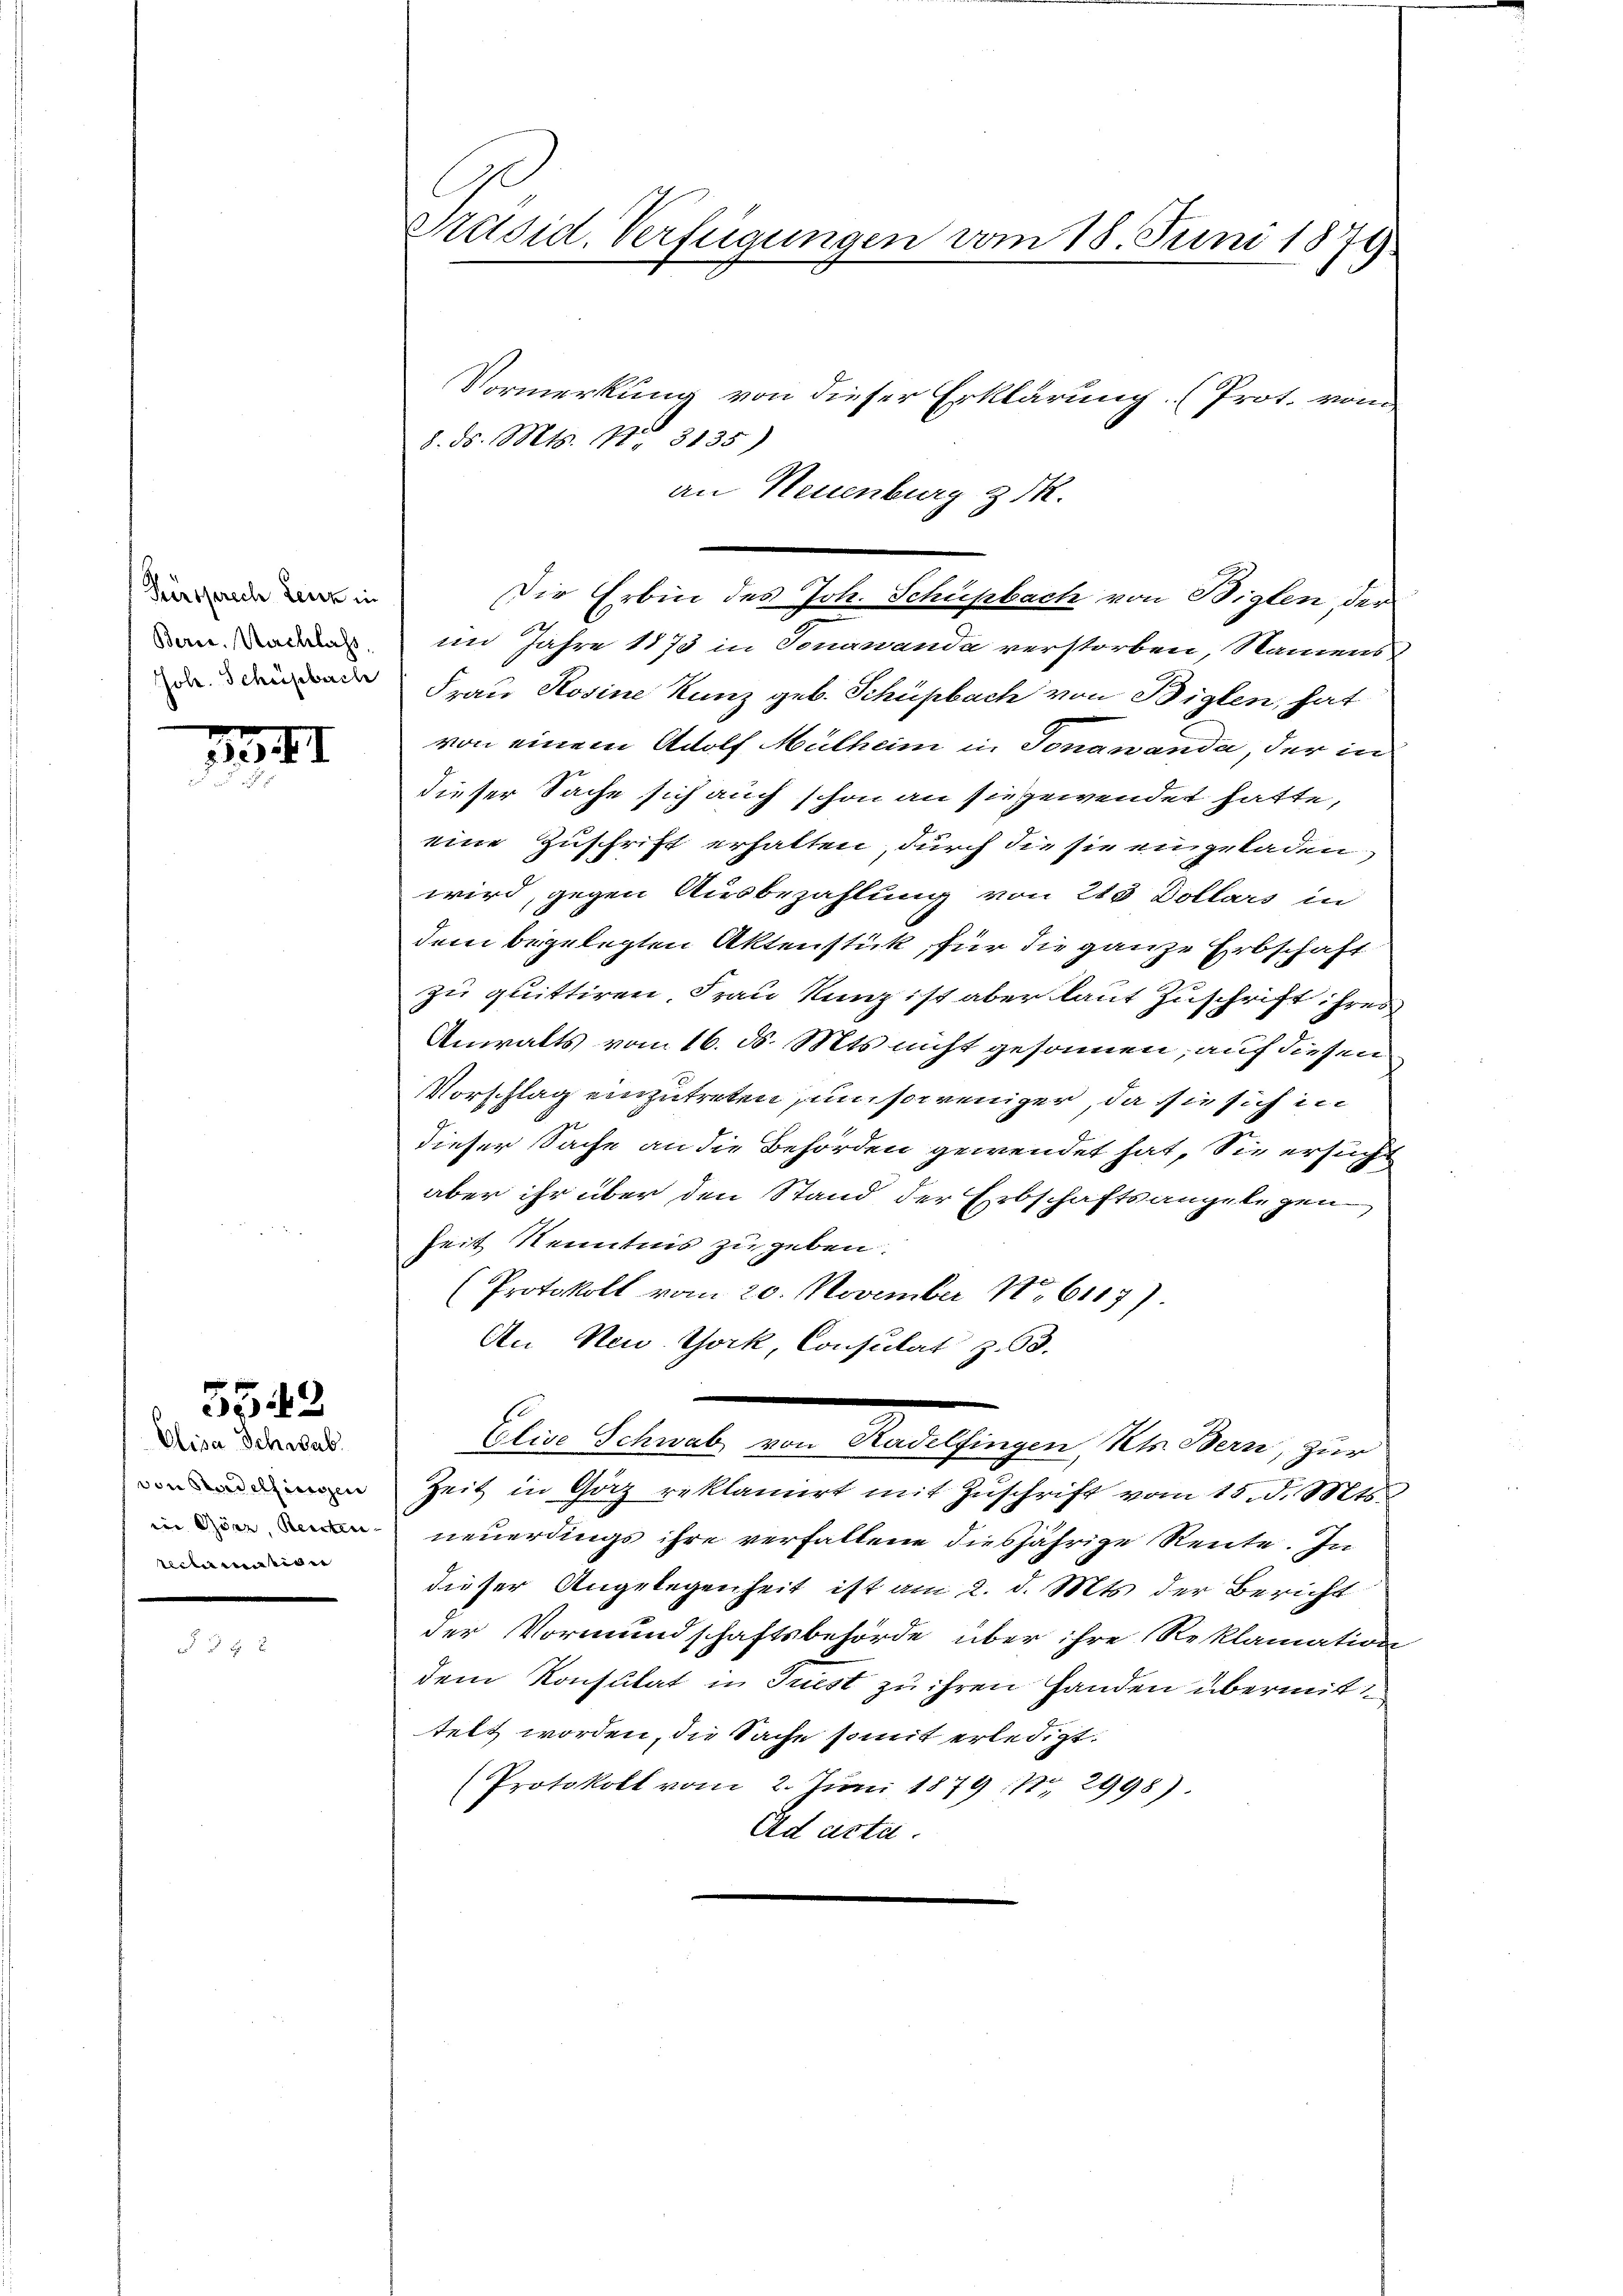
Fürsprech Lenz in
Berec. Nachlass

3

Elisa Schwab.
recte masiden

5543.

Präsid. Verfügungen vom 18. Juni 1874

Vormerkung von dieser Erklärung. (Prot. von
8. ds. Mts. Nr. 3135)
an Neuenburg & Mk.
Die Erbin des Joh. Schüpbach von Biglen, der
im Jahre 1873 in Tonawanda verstorben, Namens
 Frau Rosine Kunz geb. Schüpbach von Biglen, hat
von einem Adolf Mülheim in Jonawanda, der in
dieser Sache sich auch schon an sie gewendet hatte,
eine Zuschrift erhalten, durch die sie eingeladen,
wird, gegen Ausbezahlung von 285 Dollars in
dem begelegten Aktenstück, für die ganze Erbschaft
zu quittiren. Frau Kunz ist aber laut Zuschrift ihres
Anwalts vom 16. ds. Mts nicht gesonnen, auf diesen
Vorschlag einzutreten umsoweniger, da sie sich in
dieser Sache an die Behörden gewendet hat, Sie ersuch
aber ihr über den Stand der Erbschaftsangelegen
Zeit Kenntnis zu geben.
(Protokoll vom 20. November 186187).
An Neu York, Consulat Z. 63.
Amnis einmal von Menschungen, er den, zur
 Zeit in Gäz reklamiert mit Zŭschrift vom 15. d. Mts.
 neuerdings ihre verfallene diesjährige Reute. In
dieser Angelegenheit ist am 2. d. Mts. der Bericht
der Vormundschaftsbehörde über ihre Reklamation
dem Konsulat in Frist zu ihren Handen übermittelt worden, die Sache somit erledigt.
Protokoll vom 2. Jŭni 1879, Nr. 2998).
Ad acta.